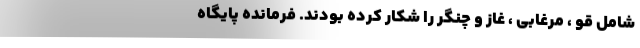
شامل قو ، مرغابی ، غاز و چنگر را شکار کرده بودند. فرمانده پایگاه